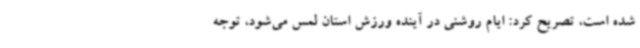
شده است، تصریح کرد: ایام روشنی در آینده ورزش استان لمس می‌شود، توجه